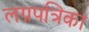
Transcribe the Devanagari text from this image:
लग्नपत्रिका